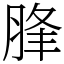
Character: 䏺